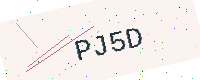
Text: PJ5D